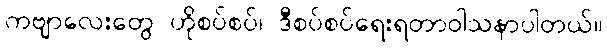
ကဗျာလေးတွေ ဟိုစပ်စပ်၊ ဒီစပ်စပ်ရေးရတာဝါသနာပါတယ်။